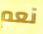
نعم